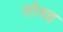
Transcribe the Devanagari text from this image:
तोवह